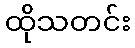
ထိုသတင်း